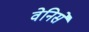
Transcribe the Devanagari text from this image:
वेनिसे